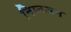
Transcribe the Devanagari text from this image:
निम्नजन